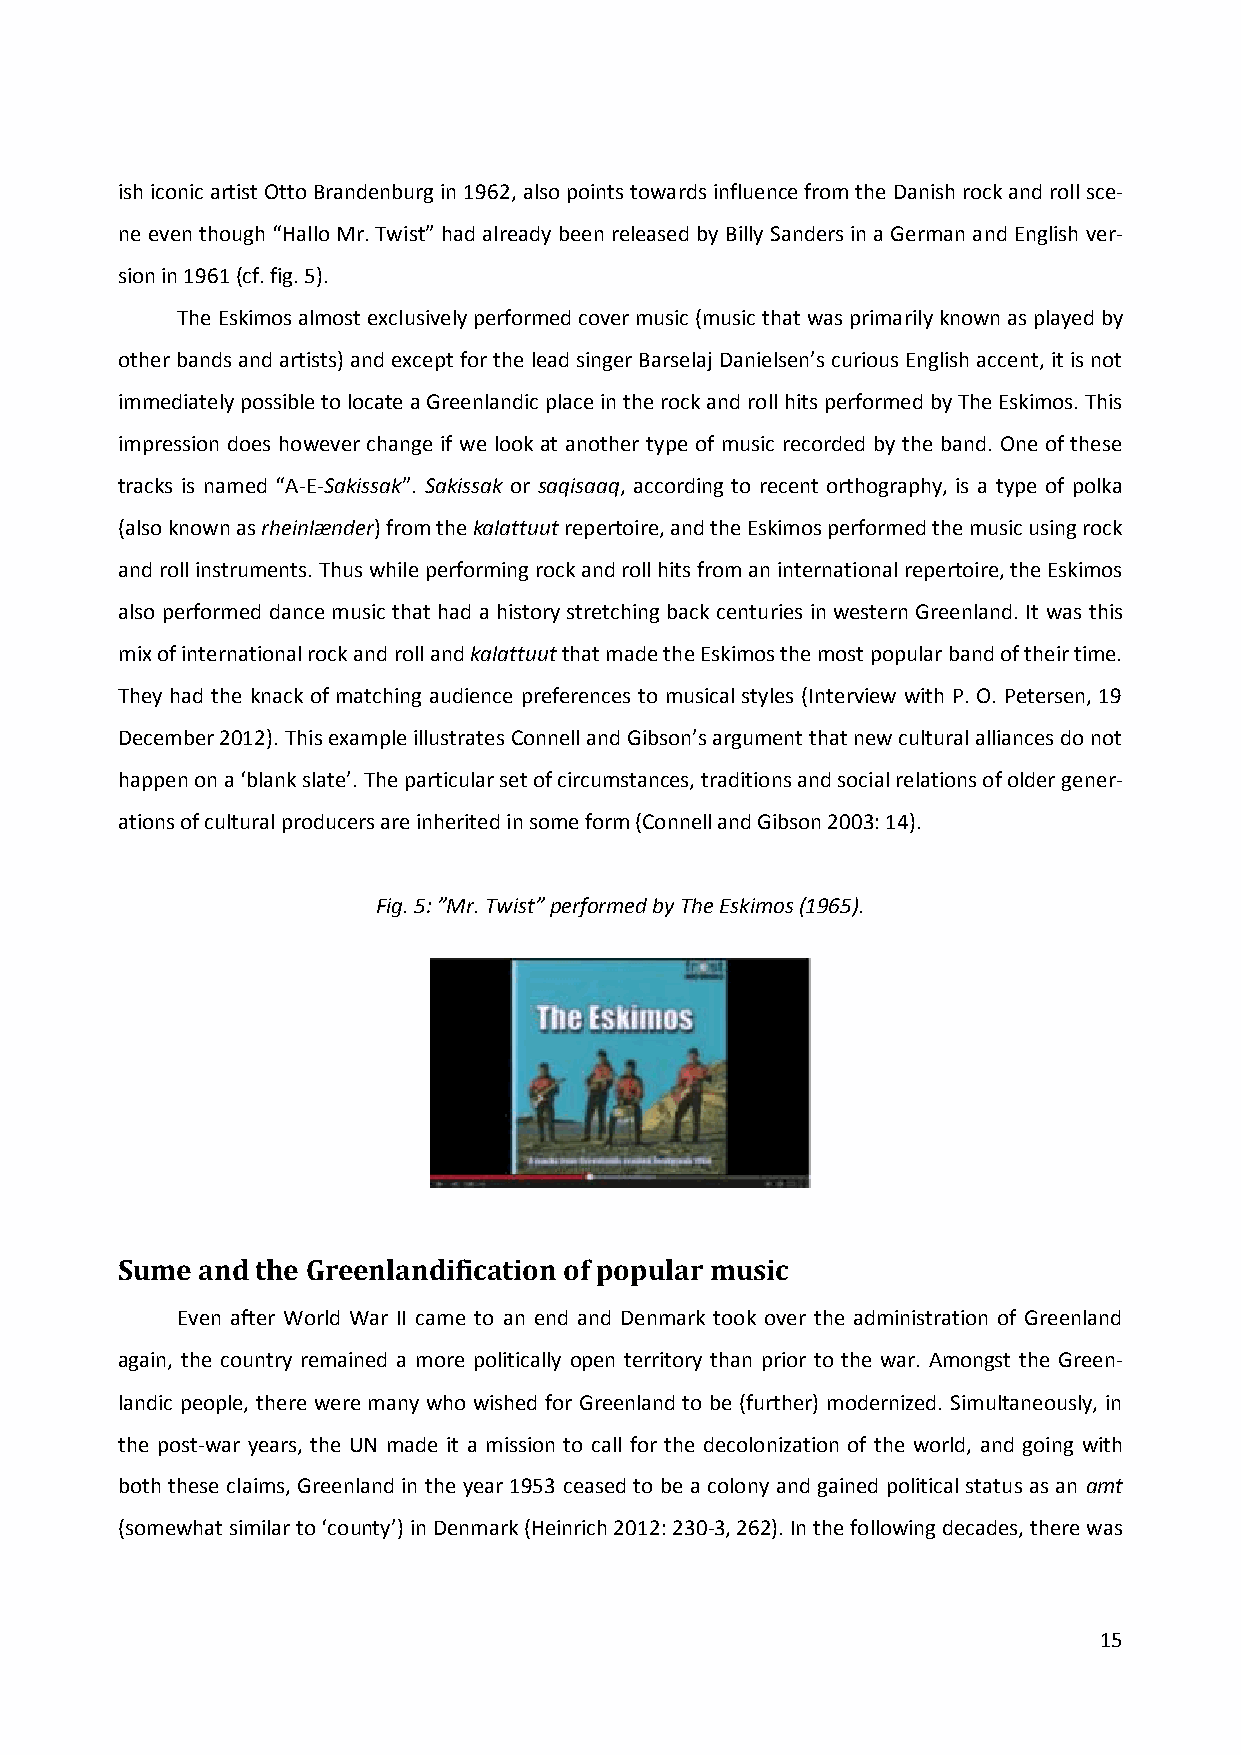
ish iconic artist Otto Brandenburg in 1962, also points towards influence from the Danish rock and roll sce-
 ne even though “Hallo Mr. Twist” had already been released by Billy Sanders in a German and English ver-
 sion in 1961 (cf. fig. 5).
 The Eskimos almost exclusively performed cover music (music that was primarily known as played by
 other bands and artists) and except for the lead singer Barselaj Danielsen’s curious English accent, it is not
 immediately possible to locate a Greenlandic place in the rock and roll hits performed by The Eskimos. This
 impression does however change if we look at another type of music recorded by the band. One of these
 tracks is named “A-E-Sakissak”. Sakissak or saqisaaq, according to recent orthography, is a type of polka
 (also known as rheinlænder) from the kalattuut repertoire, and the Eskimos performed the music using rock
 and roll instruments. Thus while performing rock and roll hits from an international repertoire, the Eskimos
 also performed dance music that had a history stretching back centuries in western Greenland. It was this
 mix of international rock and roll and kalattuut that made the Eskimos the most popular band of their time.
 They had the knack of matching audience preferences to musical styles (Interview with P. O. Petersen, 19
 December 2012). This example illustrates Connell and Gibson’s argument that new cultural alliances do not
 happen on a ‘blank slate’. The particular set of circumstances, traditions and social relations of older gener-
 ations of cultural producers are inherited in some form (Connell and Gibson 2003: 14).
 Fig. 5: ”Mr. Twist” performed by The Eskimos (1965).
 Sume and the Greenlandification of popular music
 Even after World War II came to an end and Denmark took over the administration of Greenland
 again, the country remained a more politically open territory than prior to the war. Amongst the Green-
 landic people, there were many who wished for Greenland to be (further) modernized. Simultaneously, in
 the post-war years, the UN made it a mission to call for the decolonization of the world, and going with
 both these claims, Greenland in the year 1953 ceased to be a colony and gained political status as an amt
 (somewhat similar to ‘county’) in Denmark (Heinrich 2012: 230-3, 262). In the following decades, there was
 15